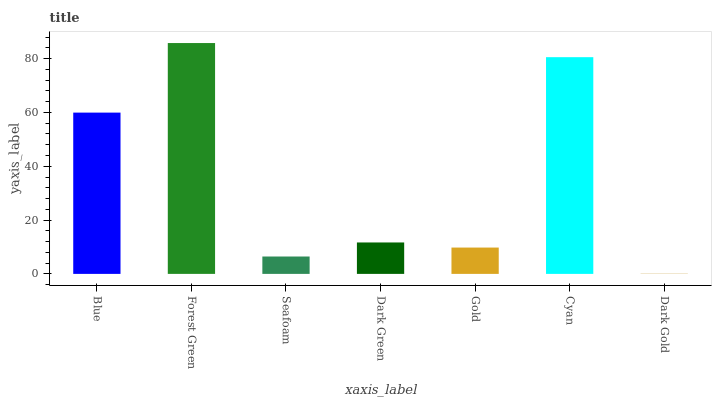
| xaxis_label | bars |
 | --- | --- |
 | Blue | 59.9 |
 | Forest Green | 85.8 |
 | Seafoam | 6.46 |
 | Dark Green | 11.7 |
 | Gold | 9.79 |
 | Cyan | 80.5 |
 | Dark Gold | 0.0735 |